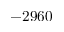
- 2 9 6 0